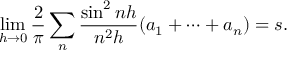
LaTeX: \operatorname* { l i m } _ { h \rightarrow 0 } { \frac { 2 } { \pi } } \sum _ { n } { \frac { \sin ^ { 2 } n h } { n ^ { 2 } h } } ( a _ { 1 } + \cdots + a _ { n } ) = s .